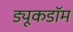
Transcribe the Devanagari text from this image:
ड्यूकडॉम